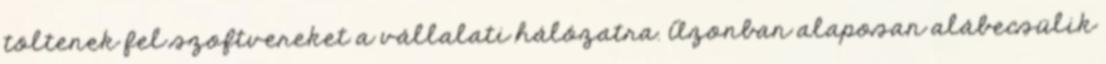
töltenek fel szoftvereket a vállalati hálózatra. Azonban alaposan alábecsülik